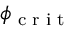
\phi _ { \textrm { c r i t } }